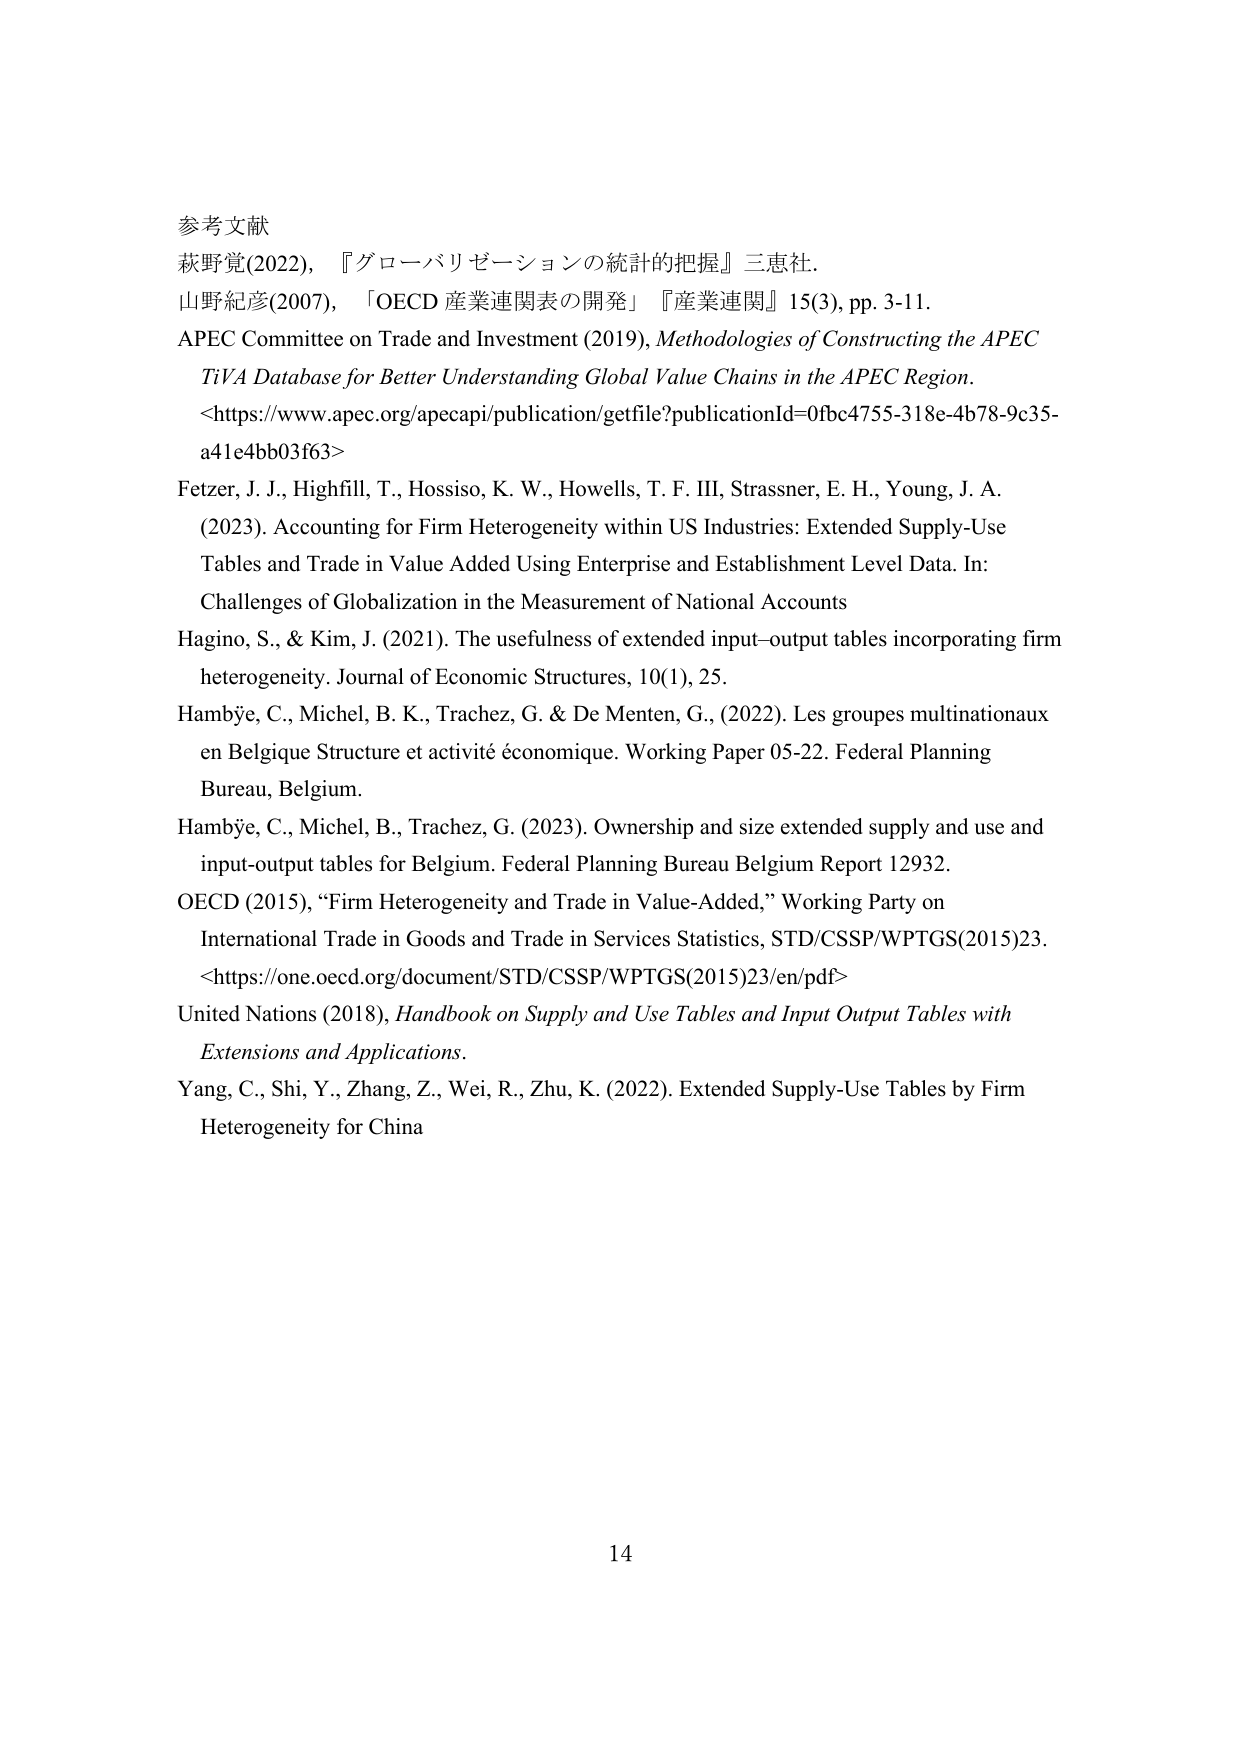
参考文献
萩野覚(2022), 『グローバリゼーションの統計的把握』三恵社.
山野紀彦(2007), 「OECD 産業連関表の開発」『産業連関』15(3), pp. 3-11.
APEC Committee on Trade and Investment (2019), Methodologies of Constructing the APEC TiVA Database for Better Understanding Global Value Chains in the APEC Region. <https://www.apec.org/apecapi/publication/getfile?publicationId=0fbc4755-318e-4b78-9c35-a41e4bb03f63>
Fetzer, J. J., Highfill, T., Hossiso, K. W., Howells, T. F. III, Strassner, E. H., Young, J. A. (2023). Accounting for Firm Heterogeneity within US Industries: Extended Supply-Use Tables and Trade in Value Added Using Enterprise and Establishment Level Data. In: Challenges of Globalization in the Measurement of National Accounts
Hagino, S., & Kim, J. (2021). The usefulness of extended input–output tables incorporating firm heterogeneity. Journal of Economic Structures, 10(1), 25.
Hambÿe, C., Michel, B. K., Trachez, G. & De Menten, G., (2022). Les groupes multinationaux en Belgique Structure et activité économique. Working Paper 05-22. Federal Planning Bureau, Belgium.
Hambÿe, C., Michel, B., Trachez, G. (2023). Ownership and size extended supply and use and input-output tables for Belgium. Federal Planning Bureau Belgium Report 12932.
OECD (2015), “Firm Heterogeneity and Trade in Value-Added,” Working Party on International Trade in Goods and Trade in Services Statistics, STD/CSSP/WPTGS(2015)23. <https://one.oecd.org/document/STD/CSSP/WPTGS(2015)23/en/pdf>
United Nations (2018), Handbook on Supply and Use Tables and Input Output Tables with Extensions and Applications.
Yang, C., Shi, Y., Zhang, Z., Wei, R., Zhu, K. (2022). Extended Supply-Use Tables by Firm Heterogeneity for China
14